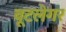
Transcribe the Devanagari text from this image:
बूटलेगर